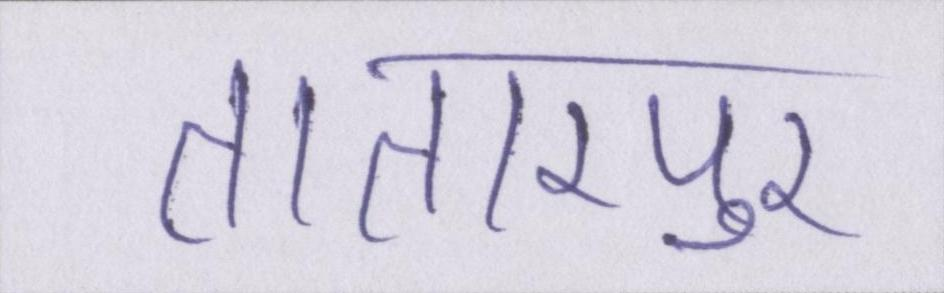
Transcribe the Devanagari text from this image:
तातारपुर